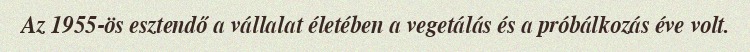
Az 1955-ös esztendő a vállalat életében a vegetálás és a próbálkozás éve volt.